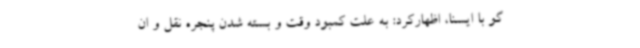
گو با ایسنا، اظهارکرد: به علت کمبود وقت و بسته شدن پنجره نقل و ان